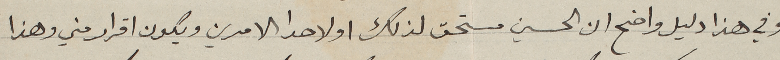
وفي هذا دليل واضح ان الحسين مستحق لذلك او لاحدا الامرين ويكون اقرار مني وهذا